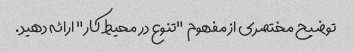
توضیح مختصری از مفهوم "تنوع در محیط کار" ارائه دهید.